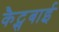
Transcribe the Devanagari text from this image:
कैट्सबाई